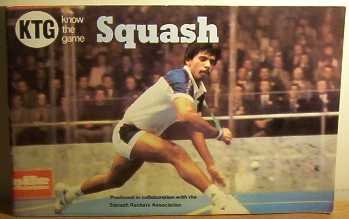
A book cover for Squash (Know the Game); Squash Rackets Association; Sports & Outdoors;